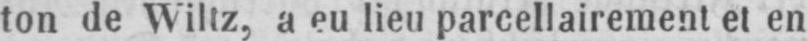
ton de Wiltz, a eu lieu parcellairement et en